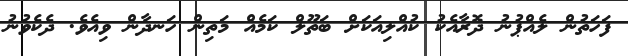
ފަހަތުން ލެއްޕުނު ދޮރާއެކު ކުއްލިއަކަށް ބަތޫލް ކަމެއް މަތިން ހަނދާން ވިއެވެ. ދެކެވުނު